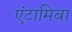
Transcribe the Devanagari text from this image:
एंटामिबा